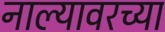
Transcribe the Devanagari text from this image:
नाल्यावरच्या